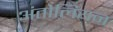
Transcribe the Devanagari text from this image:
अंतोलियन